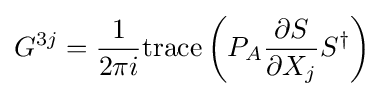
G^{3j}={\frac {1}{2\pi i}}\mathrm {trace} \left(P_{A}{\frac {\partial S}{\partial X_{j}}}S^{\dagger }\right)